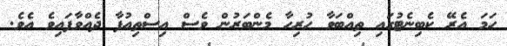
ހަމަ އެރޭ ކެބިނެޓުގައި ތިއްބަވާ ހުރިހާ މެންބަރުން ވެސް އިސްތިއުފާ ދެއްވާފައިވެ އެވެ.